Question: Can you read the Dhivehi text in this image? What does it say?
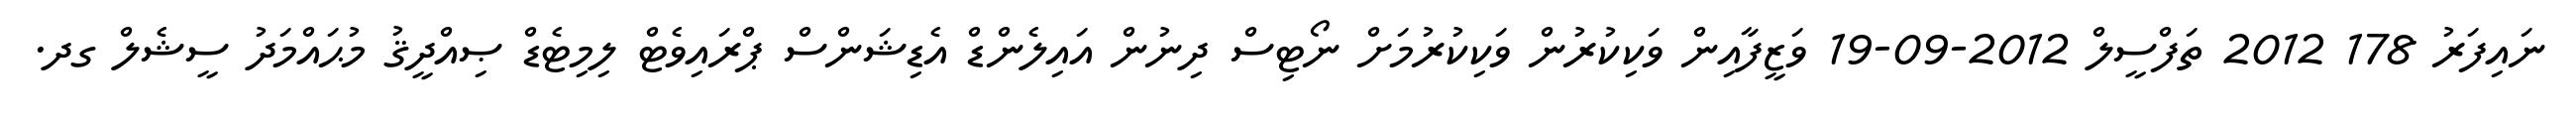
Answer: ނައިފަރު 178 2012 ތަފްސީލް 2012-09-19 ވަޒީފާއިން ވަކިކުރުން ވަކިކުރުމަށް ނޯޓިސް ދިނުން އައިލެންޑް އެޑިޝަންސް ޕްރައިވެޓް ލިމިޓެޑް ޞިއްދީޤު މުޙައްމަދު ސީޝެލް ގދ.